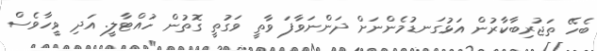
ބެހޭ ތަޖުރިބާކާރުން އަޅުގަނޑުމެންނަށް ދަންނަވާފަ ވާތީ ވަގުތީ ގޮތުން ހުއްޓާލީ. އަދި ވީހާވެސް